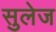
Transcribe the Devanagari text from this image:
सुलेज